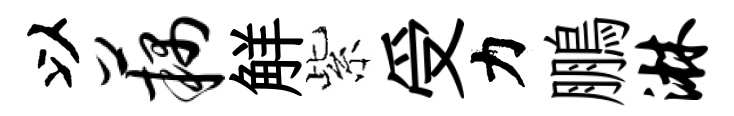
以藕觧紫受力鵬淋